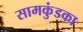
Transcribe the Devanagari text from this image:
सामकुंडका